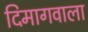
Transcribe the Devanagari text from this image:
दिमागवाला